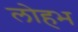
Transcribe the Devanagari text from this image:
लोहभ